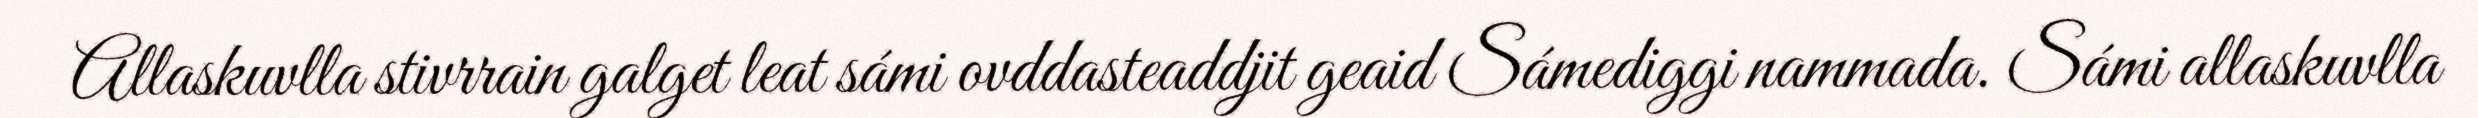
Allaskuvlla stivrrain galget leat sámi ovddasteaddjit geaid Sámediggi nammada. Sámi allaskuvlla